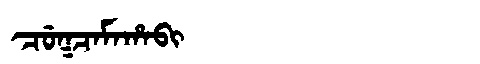
Manchu: ᠴᡠᡴᠴᠠᠮᠠᡥᠠᠪᡳ
Romanization: CUKCAMAHABI